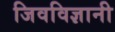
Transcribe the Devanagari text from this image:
जिवविज्ञानी